Indian journal of veterinary science and animal husbandry - Volume 14,
Year: 1944
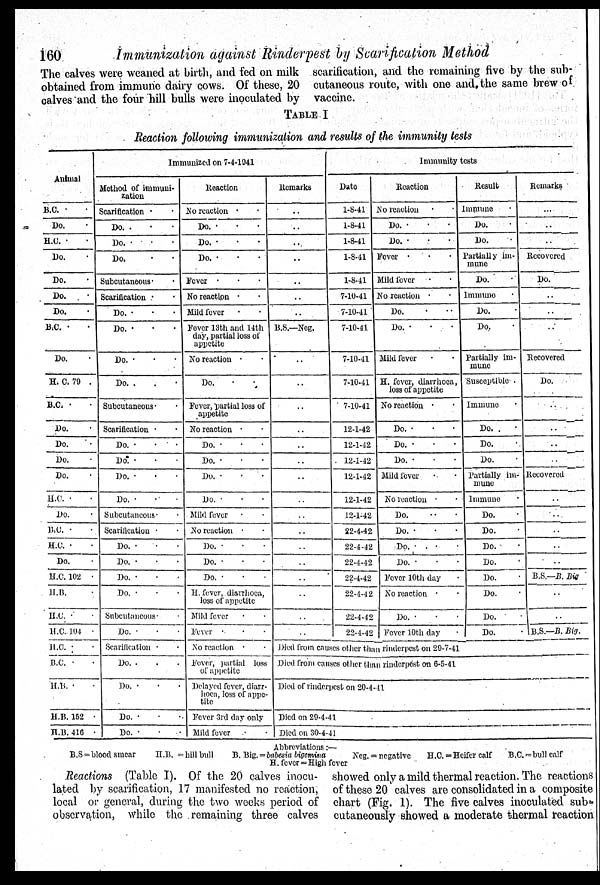
160
Immunization against Rinderpest by Scarification Method
The calves were weaned at birth, and fed on milk
obtained from immune dairy cows. Of these, 20
calves and the four hill bulls were inoculated by
scarification, and the remaining five by the sub-
cutaneous route, with one and the same brew of
vaccine.
TABLE I
Reaction following immunization and results of the immunity tests
Animal
B.C. . .
Do. .
H.C. . .
Do. .
Do. .
Do. .
Do. .
B.C. . .
Do. .
H. C. 79 .
B.C. . .
Do. .
Do. .
Do. .
Do. .
H.C. . .
Do. .
B.C. .
H.C. . .
Do. .
H.C. 102 .
H.B. . .
H.C. . .
H.C.104 .
H.C. . .
B.C. . .
H.B. . .
H.B. 152 .
H.B. 416 .
Immunized on 7-4-1941
Method of immuni-
zation
Scarification . .
Do. . . .
Do. . . .
Do. . .
Subcutaneous . .
Scarification . .
Do. . . .
Do. . . .
Do. . . .
Do. . . .
Subcutaneous . .
Scarification . .
Do.
.
.
.
Do. . . .
Do. . . .
Do. . .
Subcutaneous . .
Scarification . .
Do. . . .
Do. . . .
Do. . . .
Do. . . .
Subcutaneous . .
Do. . . .
Scarification . .
Do. . . .
Do. . . .
Do. . . .
Do. . . .
Reaction
No reaction . .
Do. . . .
Do. . . .
Do. . . .
Fever . . .
No reaction . .
Mild fever . .
Fever 13th and 14th
day, partial loss of
appetite
No reaction . .
Do. . .
Fever, partial loss of
appetite
No reaction . .
Do. . . .
Do. . . .
Do. . . .
Do. . . .
Mild fever . . .
No reaction . .
Do. . . .
Do. . . .
Do. . . .
H. fever, diarrhoea,
loss of appetite
Mild fever . .
Fever . . .
No reaction . .
Fever, partial loss
of appetite
Delayed fever, diarr-
hoea, loss of appe-
tite
Fever 3rd day only
Mild fever . .
Remarks
..
..
..
..
..
..
..
B.S.—Neg.
..
..
..
..
..
..
..
..
..
..
..
..
Immunity tests
Date
1-8-41
1-8-41
1-8-41
1-8-41
1-8-41
7-10-41
7-10-41
7-10-41
7-10-41
7-10-41
7-10-41
12-1-42
12-1-42
12-1-42
12-1-42
12-1-42
12-1-42
22-4-42
22-4-42
22-4-42
22-4-42
22-4-42
22-4-12
22-4-42
Reaction
No reaction . .
Do. . . .
Do. . . .
Fever . . .
Mild fever . .
No reaction . .
Do. . . .
Do. . . .
Mild fever . .
H. fever, diarrhoea,
loss of appetite
No reaction . .
Do. . . .
Do. . . .
Do. . . .
Mild fever . .
No reaction . .
Do. . . .
Do. . . .
Do. . . .
Do. . . .
Fever 10th day .
No reaction . .
Do. . . .
Fever 10th day .
Died from causes other then rinderpest on 29-7-41
Died from causes other than rinderpest on 6-5-41
Died of rinderpest on 20-4-11
Died on 29-4-41
Died on 30-4-41
Result
Immune .
Do. .
Do. .
Partially im-
mune
Do.
.
Immune .
Do. .
Do. .
Partially im-
mune
Susceptible .
Immune .
Do.
.
Do. .
Do. .
Partially im-
mune
Immune .
Do. .
Do. .
Do. .
Do. .
Do. .
Do. .
Do. .
Do. .
Remarks
..
..
..
Recovered
Do.
..
..
..
Recovered
Do.
..
..
..
..
Recovered
..
..
..
..
..
B.S.—B. Big
..
..
B.S— B. Big
Abbreviations:—
B.S = blood smear II.B. = hill bull
B. Big. = babesia bigemina
Neg. = negative
H.C. = Heifer calf
B.C. = bull calf
H. fever = High fever
Reactions (Table I). Of the 20 calves inocu-
lated by scarification, 17 manifested no reaction,
local or general, during the two weeks period of
observation, while the remaining three calves
showed only a mild thermal reaction. The reactions
of these 20 calves are consolidated in a composite
chart (Fig. 1). The five calves inoculated sub-
cutaneously showed a moderate thermal reaction